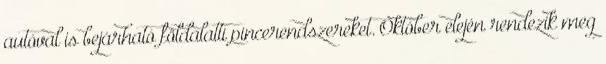
autóval is bejárható földalatti pincerendszereket. Október elején rendezik meg